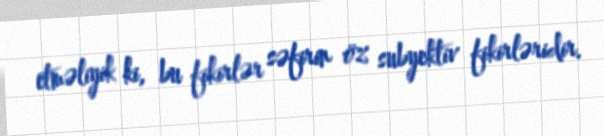
etməliyik ki, bu fikirlər səfirin öz subyektiv fikirləridir.